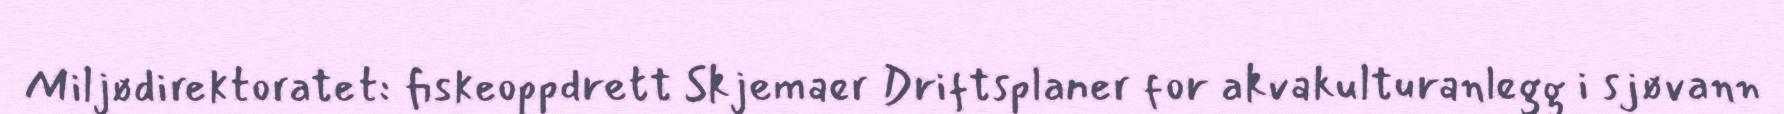
Miljødirektoratet: fiskeoppdrett Skjemaer Driftsplaner for akvakulturanlegg i sjøvann